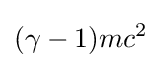
(\gamma -1)mc^{2}